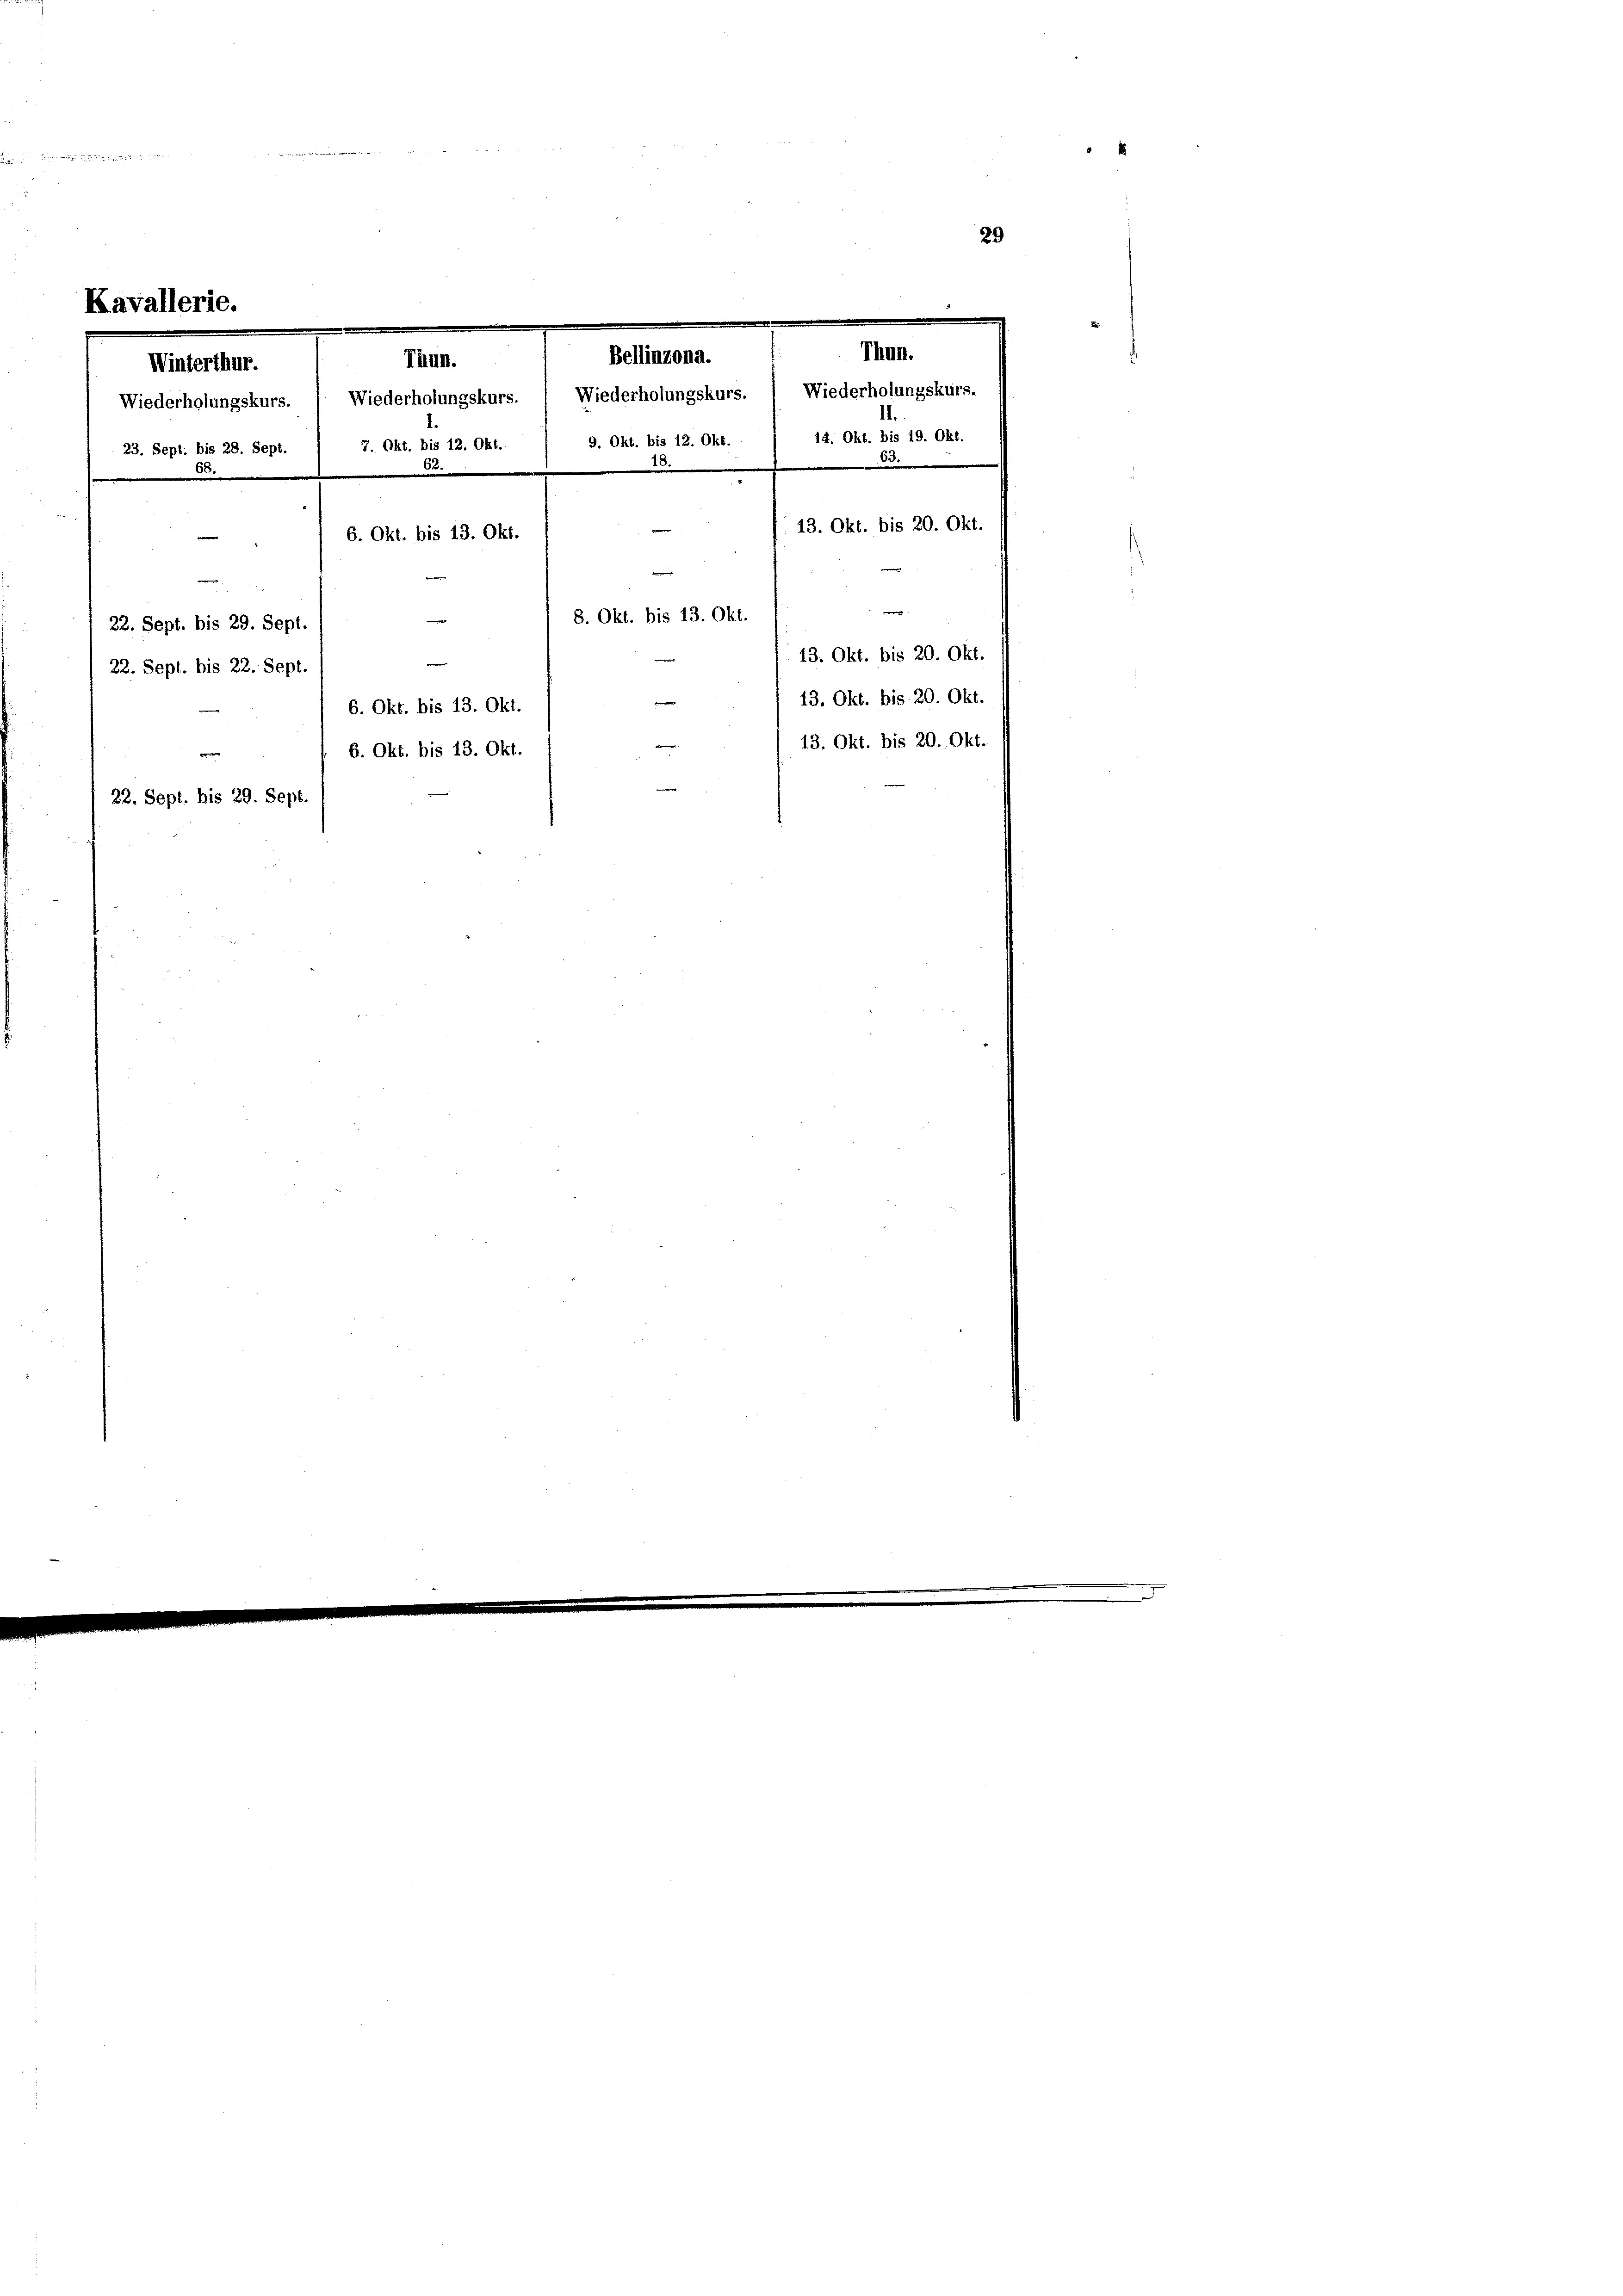
der Hander

K.

23. Sept: bis 28. Sept.
.

Bellinzona.

Thun.
Thun.
Winterthur.
e
e
22. Sept. bis 29. Sept.
22. Sept. bis 22. Sept.
22. Sept. bis 29. Sept.

Wiederholungskurs. ( Wiederholungskurs. ( Wiederholungskurs. 1 Wiederholungskurs.
14. Okt. bis 19. Okt.
9. Okt. bis 12. Okt.
7. Okt. bis 12. Okt.
18.
B.
13. Okt. bis 20. Okt.
6. Okt. bis 13. Okt.
e
e
8. Okt. bis 13. Okt.
43. Okt. bis 20. Okt.
e
13. Okt. bis 20. Okt.
6. Okt. bis 13. Okt.
13. Okt. bis 20. Okt.
6. Okt. bis 13. Okt.

29
e